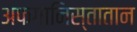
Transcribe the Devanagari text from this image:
अफगानिस्तातान